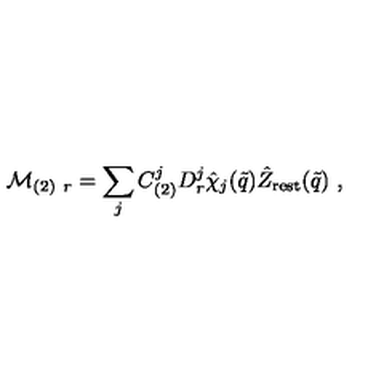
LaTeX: { \cal M } _ { ( 2 ) \ r } = \sum _ { j } C _ { ( 2 ) } ^ { j } D _ { r } ^ { j } \hat { \chi } _ { j } ( \tilde { q } ) \hat { Z } _ { \mathrm { r e s t } } ( \tilde { q } ) \ ,